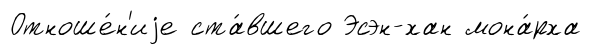
Отноше́н'иjе ста́вшего Эсэн-хан мона́рха